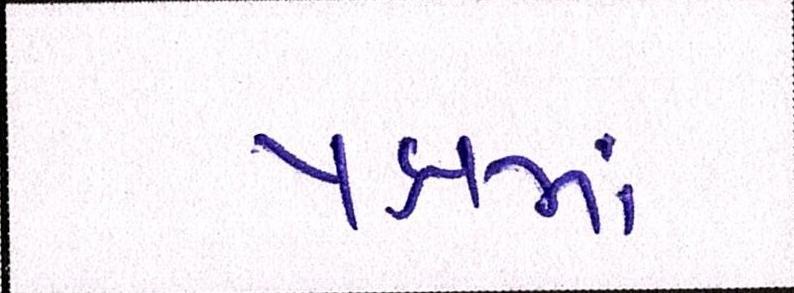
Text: પક્ષમાં